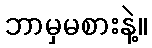
ဘာမှမစားနဲ့။